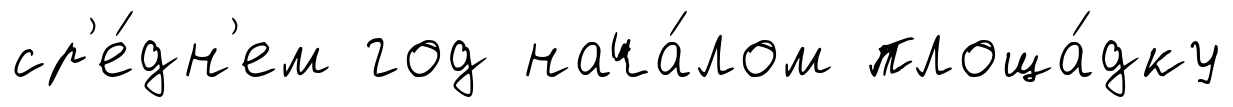
ср'е́дн'ем год нача́лом площа́дку